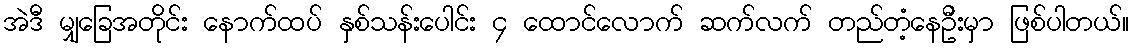
အဲဒီ မျှခြေအတိုင်း နောက်ထပ် နှစ်သန်းပေါင်း ၄ ထောင်လောက် ဆက်လက် တည်တံ့နေဦးမှာ ဖြစ်ပါတယ်။